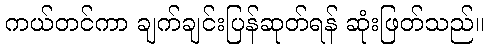
ကယ်တင်ကာ ချက်ချင်းပြန်ဆုတ်ရန် ဆုံးဖြတ်သည်။